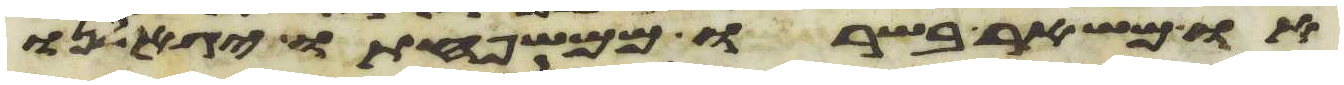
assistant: או משאר בשרו ממשפחתו יגאלנו